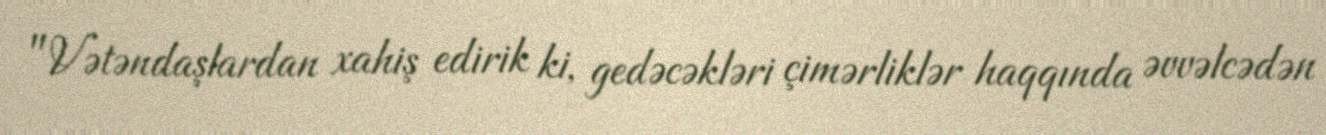
"Vətəndaşlardan xahiş edirik ki, gedəcəkləri çimərliklər haqqında əvvəlcədən